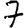
Digit: 7